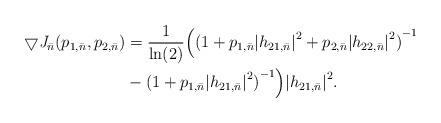
LaTeX: \begin{align*}\bigtriangledown {\bf \it J}_{\bar{n}}({p}_{1,\bar{n}},{p}_{2,\bar{n}})&=\frac{1}{\ln(2)}\Big({(1+{p}_{1,\bar{n}}{\vert{}{h}_{21,\bar{n}}\vert{}}^2+{p}_{2,\bar{n}}{\vert{}{h}_{22,\bar{n}}\vert{}}^2)}^{-1}\\&-{(1+{p}_{1,\bar{n}}{\vert{}{h}_{21,\bar{n}}\vert}^2)}^{-1}\Big){\vert{}{h}_{21,\bar{n}}\vert{}}^2.\end{align*}